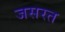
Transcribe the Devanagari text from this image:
जसरत